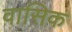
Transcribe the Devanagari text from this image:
वासिक